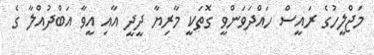
މަޖްލީހުގެ ރައީސް ހައްދަވަންވީ ގޮތަކީ މާރިޔާ ދީދީ އާއި އީވާ އަބްދުއްލާ ގެ